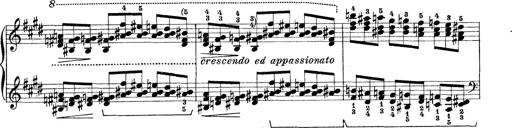
Title: Rapsodie: 19 ungheresi, 1 spagnuola
Composer: Franz Liszt